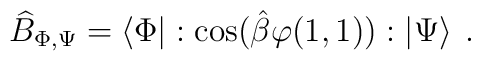
\widehat{B}_{\Phi ,\Psi }=\left\langle \Phi \right| :\cos (\hat{\beta }\varphi (1,1)):\left| \Psi \right\rangle \: .